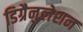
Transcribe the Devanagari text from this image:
डिग्रैनुलेशन